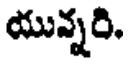
యున్నరి.